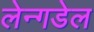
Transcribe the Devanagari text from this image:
लेन्गडेल